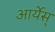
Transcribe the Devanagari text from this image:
आर्येस्